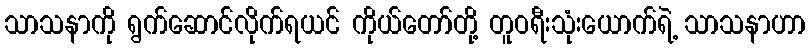
သာသနာကို ရွက်ဆောင်လိုက်ရယင် ကိုယ်တော်တို့ တူဝရီးသုံးယောက်ရဲ့ သာသနာဟာ